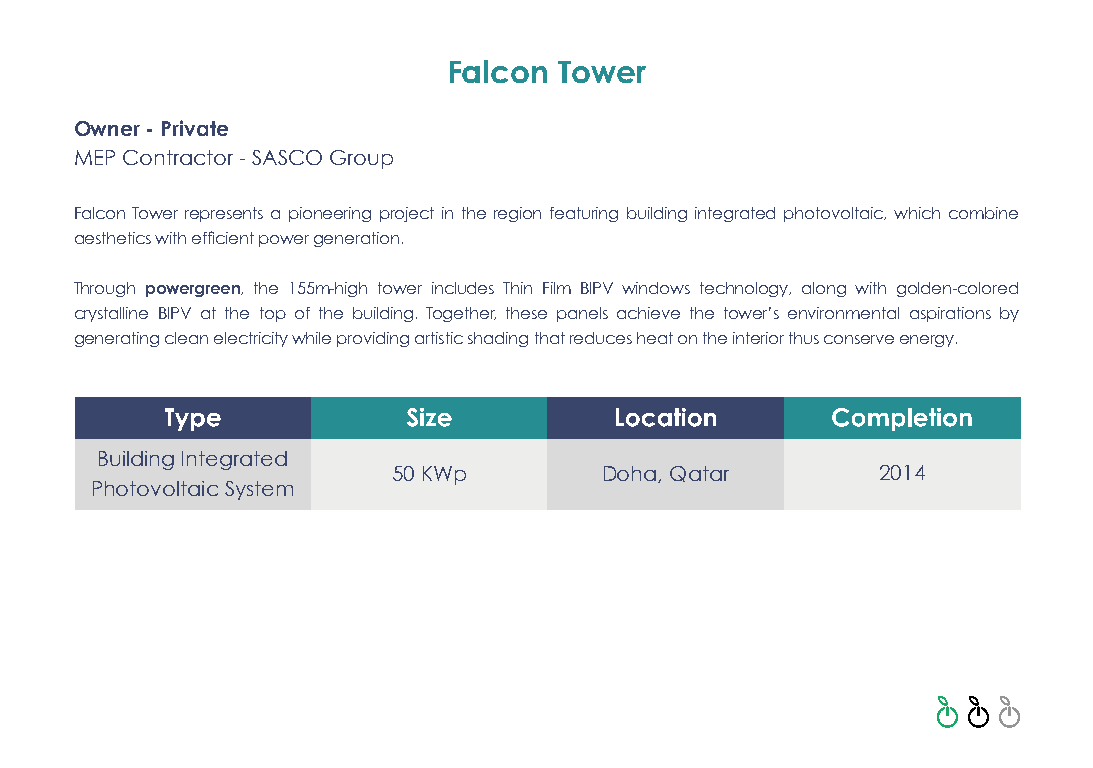
Falcon Tower
 Owner - Private
 MEP Contractor - SASCO Group
 Falcon Tower represents a pioneering project in the region featuring building integrated photovoltaic, which combine
 aesthetics with efficient power generation.
 Through powergreen, the 155m-high tower includes Thin Film BIPV windows technology, along with golden-colored
 crystalline BIPV at the top of the building. Together, these panels achieve the tower’s environmental aspirations by
 generating clean electricity while providing artistic shading that reduces heat on the interior thus conserve energy.
 Building Integrated
 50 KWp        Doha, Qatar       2014
 Photovoltaic System